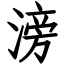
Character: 滂